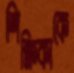
শিক্ষিকাকে